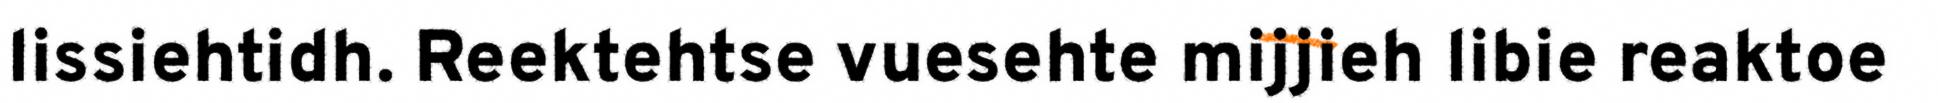
lissiehtidh. Reektehtse vuesehte mijjieh libie reaktoe